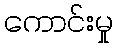
ကောင်းမှု